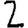
Digit: 2